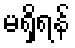
မရှိရန်